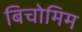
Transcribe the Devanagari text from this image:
बिचोमिम